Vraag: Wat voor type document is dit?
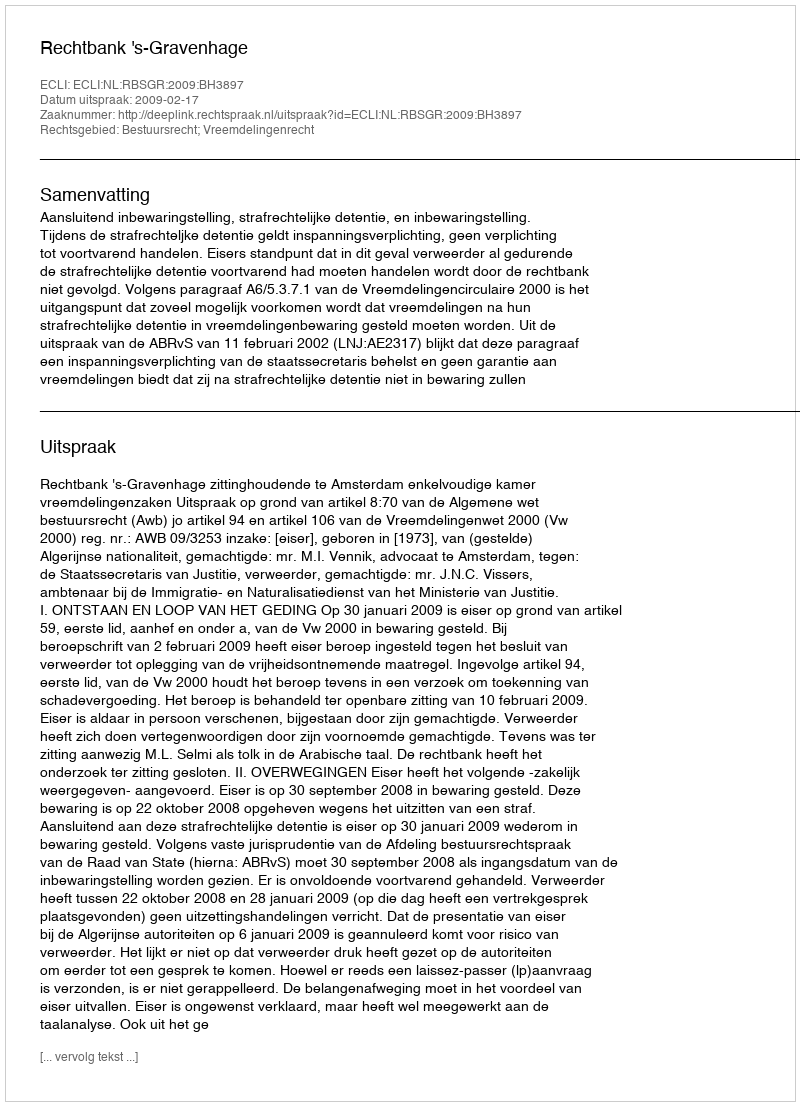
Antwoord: Uitspraak